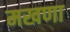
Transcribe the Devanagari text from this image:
मखणा